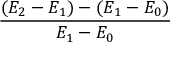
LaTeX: \frac { ( E _ { 2 } - E _ { 1 } ) - ( E _ { 1 } - E _ { 0 } ) } { E _ { 1 } - E _ { 0 } }